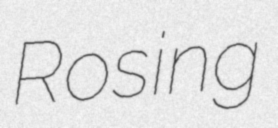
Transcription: Rosing